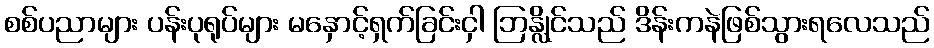
စစ်ပညာများ ပန်းပုရုပ်များ မနှောင့်ရှက်ခြင်းငှါ ဘြန္လိုင်သည် ဒိန်းကနဲဖြစ်သွားရလေသည်